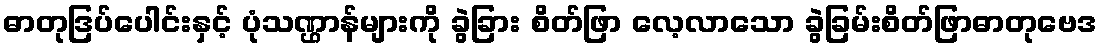
ဓာတုဒြပ်ပေါင်းနှင့် ပုံသဏ္ဌာန်များကို ခွဲခြား စိတ်ဖြာ လေ့လာသော ခွဲခြမ်းစိတ်ဖြာဓာတုဗေဒ